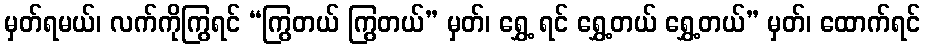
မှတ်ရမယ်၊ လက်ကိုကြွရင် “ကြွတယ် ကြွတယ်” မှတ်၊ ရွှေ့ ရင် ရွှေ့တယ် ရွှေ့တယ်” မှတ်၊ ထောက်ရင်